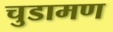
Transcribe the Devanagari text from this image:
चुडामण